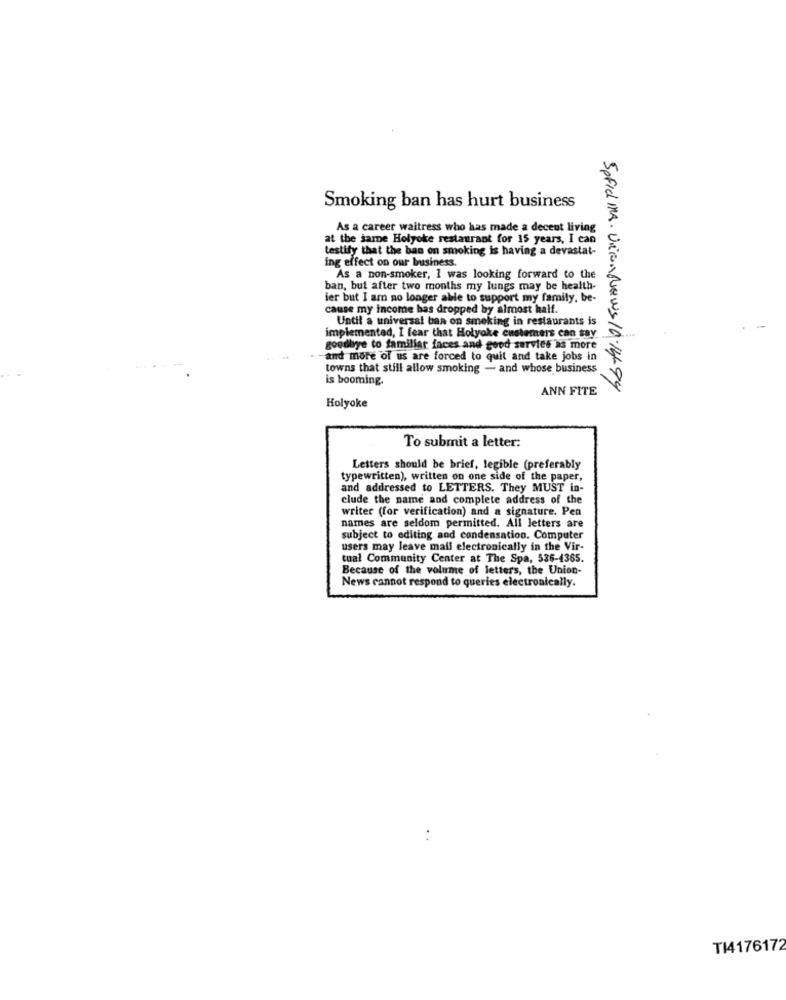
Smoking ban has hurt business
As a career waitress who has made a decent living
at the same Holyoke restaurant for 15 years, I can
testify that the ban on smoking is having a devastat-
ing effect on our business.
As a non-smoker, 1 was looking forward to the
ban, but after two months my lungs may be health-
ier but I am no longer able to support my family, be-
cause my income has dropped by almost half.
Until a universal ban on smoking in restaurants is
-
implemented, I fear that Holyoke customers can say
goodbye to familiar faces and good servies as more
-and more of us are forced to quit and take jobs in
towns that still allow smoking - and whose business
is booming.
ANN FITE
Spfid MA. Vicon News 10.1494
Holyoke
To submit a letter:
Letters should be brief, legible (preferably
typewritten), written on one side of the paper,
and addressed to LETTERS. They MUST in-
clude the name and complete address of the
writer (for verification) and a signature. Pen
names are seldom permitted. All letters are
subject to editing and condensation. Computer
users may leave mail electronically in the Vir-
tual Community Center at The Spa, 536-4365.
Because of the volume of letters, the Union-
News cannot respond to queries electronically.
TI4176172